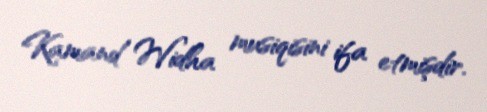
Kamand Widha musiqisini ifa etmişdir.